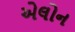
એલોન